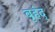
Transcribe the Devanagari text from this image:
बृहंद्